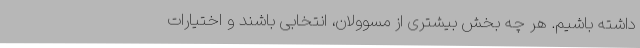
داشته باشیم. هر چه بخش بیشتری از مسوولان، انتخابی باشند و اختیارات